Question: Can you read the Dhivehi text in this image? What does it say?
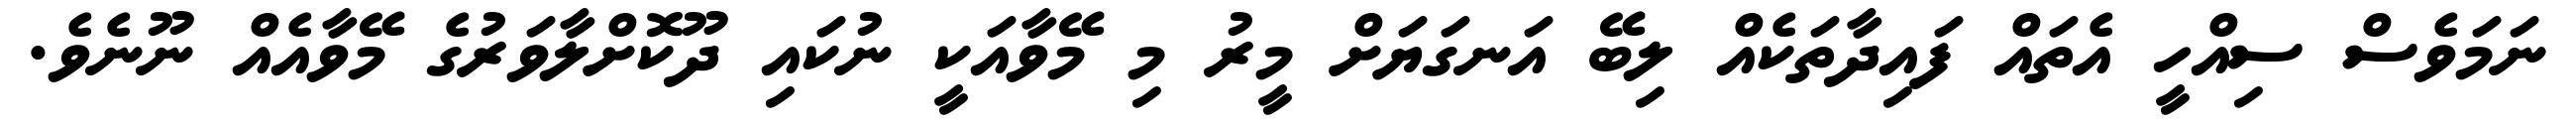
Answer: ނަމަވެސް ސިއްހީ އެތައް ފައިދާތަކެއް ލިބޭ އަނގަޔަށް މީރު މި މޭވާއަކީ ނުކައި ދޫކޮށްލާވަރުގެ މޭވާއެއް ނޫނެވެ.